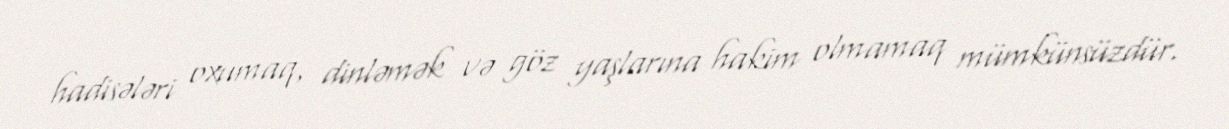
hadisələri oxumaq, dinləmək və göz yaşlarına hakim olmamaq mümkünsüzdür.